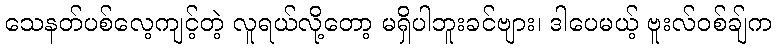
သေနတ်ပစ်လေ့ကျင့်တဲ့ လူရယ်လို့တော့ မရှိပါဘူးခင်ဗျား၊ ဒါပေမယ့် ဗူးလ်ဝစ်ချ်က